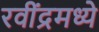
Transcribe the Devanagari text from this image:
रवींद्रमध्ये